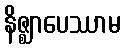
နိဇ္ဈာပေဿာမ